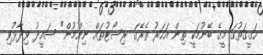
ހަގީގަތުގަ މީގެ ބޭނުމަކީ ތިން އަހަރު ތެރޭގަ ރިސޯޓުތައް ނިންމުން" ސައީދު ވިދާޅުވި